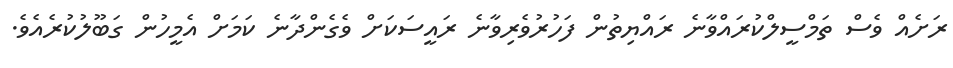
ރަށެއް ވެސް ތަމްސީލްކުރައްވާނެ ރައްޔިތުން ފަހުރުވެރިވާނެ ރައީސަކަށް ވެގެންދާނެ ކަމަށް އެމީހުން ގަބޫލުކުރެއެވެ.